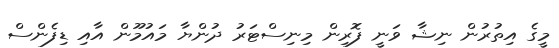
މީގެ އިތުރުން ނިޝާ ވަނީ ފޮރިން މިނިސްޓަރު ދުންޔާ މައުމޫން އާއި ޑިފެންސް